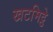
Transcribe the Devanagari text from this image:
खटमिट्ठे